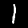
Label: 1